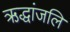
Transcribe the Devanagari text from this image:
ऋद्धांजलि